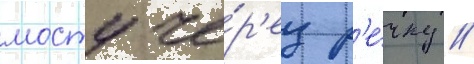
мосту че́р'ез р'е́чку /